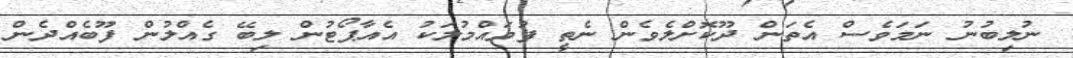
ނުލިބުނު ނަމަވެސް އެތަން ދޫކޮށްލެވެން ނެތީ ފުވައްމުލަކު އެއާޕޯޓުން ލިބޭ ގެއްލުން ފޫބެއްދެން